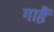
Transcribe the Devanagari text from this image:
गाहैं